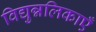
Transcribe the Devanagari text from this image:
विद्युन्नलिकाएँ